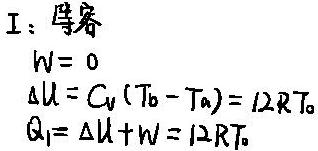
\[
\begin{align*}
&I:\ 等温\\
&W&= 0\\
&\Delta U&= C_V (T_b - T_a)= 12RT_0\\
&Q_1&=\Delta U + W = 12RT_0
\end{align*}
\]